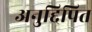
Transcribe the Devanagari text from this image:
अनुद्दिपित